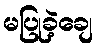
မပြုခဲ့ချေ